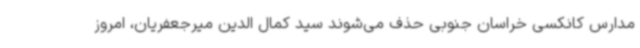
مدارس کانکسی خراسان جنوبی حذف می‌شوند سید کمال الدین میرجعفریان، امروز